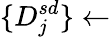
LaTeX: \{ D_{j}^{sd}\} \leftarrow